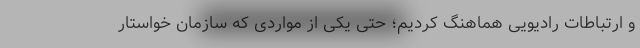
و ارتباطات رادیویی هماهنگ کردیم؛ حتی یکی از مواردی که سازمان خواستار